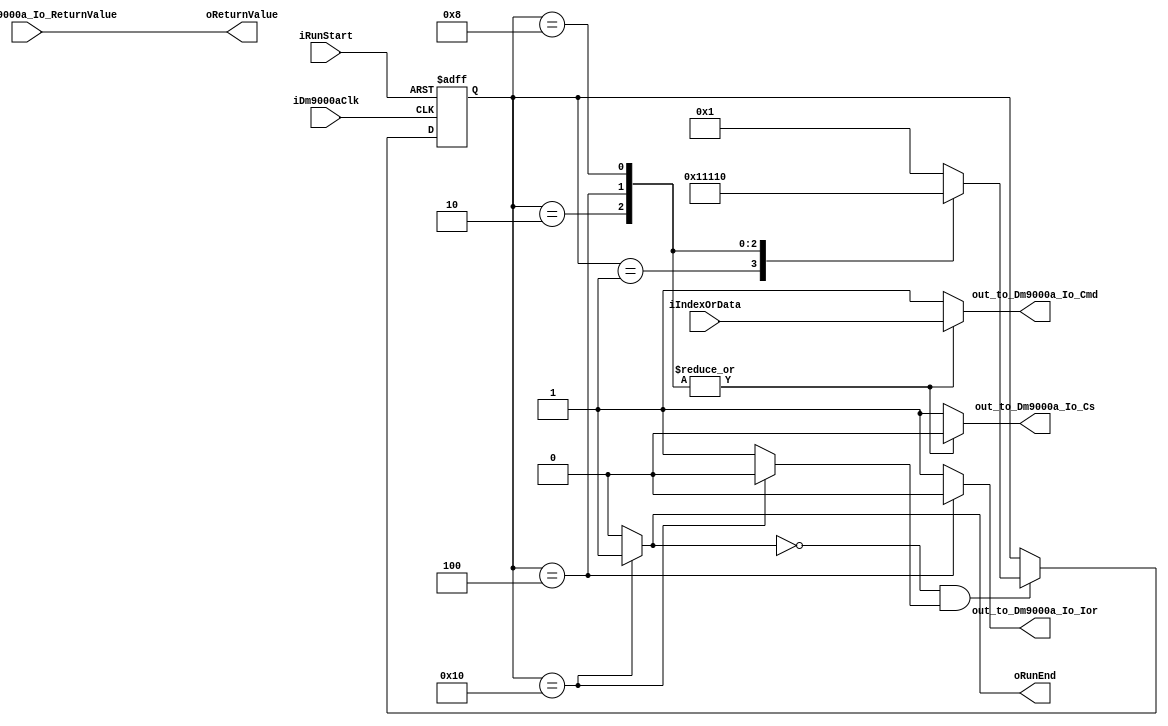
/*ISA<>*/
//Designed by Junbin Zhang
//updated 20140723
//updated 20140811
/*************************************************/
module DM9000A_IORD 
(  
  input iDm9000aClk,                           //50MHz
  input iRunStart,
  input iIndexOrData,                          // Index  Data0Index,1Data
  input [15:0]  in_from_Dm9000a_Io_ReturnValue,//DM9000A,DM9000ASD[15:0]
  output reg oRunEnd,
  output reg out_to_Dm9000a_Io_Cs,             //DM9000A_IOCS
  output reg out_to_Dm9000a_Io_Cmd,            //DM9000A_IOCmd
  output reg out_to_Dm9000a_Io_Ior,            //DM9000A_IOIor
  output [15:0] oReturnValue                   //
);
/*---------------------------------------------------------------------------*/
reg [4:0] currentState,nextState;
reg StateChangeEnable;
wire StateChange;
assign StateChange = (~oRunEnd) & (StateChangeEnable);
localparam[4:0] Idle    = 5'b00001,
                State1 = 5'b00010,
       					State2 = 5'b00100,
					      State3 = 5'b01000,
					        Rend = 5'b10000;
always@(posedge iDm9000aClk,negedge iRunStart)begin
	if(~iRunStart)
		currentState <= Idle;
	else
    currentState <= StateChange ? nextState:currentState;
  end
  always@(*)begin
	case(currentState)
		Idle:begin
      out_to_Dm9000a_Io_Cs = 1'b1;
      out_to_Dm9000a_Io_Cmd = 1'b1;
      out_to_Dm9000a_Io_Ior = 1'b1;
      oRunEnd = 1'b0;
      StateChangeEnable = 1'b1;
      nextState = State1;
    end
		State1:begin
      out_to_Dm9000a_Io_Cs = 1'b0;
      out_to_Dm9000a_Io_Cmd = iIndexOrData;
      out_to_Dm9000a_Io_Ior = 1'b1;
      oRunEnd = 1'b0;
      StateChangeEnable = 1'b1;
      nextState = State2;
    end
		State2:begin
      out_to_Dm9000a_Io_Cs = 1'b0;
      out_to_Dm9000a_Io_Cmd = iIndexOrData;
      out_to_Dm9000a_Io_Ior = 1'b0;
      oRunEnd = 1'b0;
      StateChangeEnable = 1'b1;
      nextState = State3;
    end
		State3:begin
      out_to_Dm9000a_Io_Cs = 1'b0;
      out_to_Dm9000a_Io_Cmd = iIndexOrData;
      out_to_Dm9000a_Io_Ior = 1'b1;
      oRunEnd = 1'b0;
      StateChangeEnable = 1'b1;
      nextState = Rend;
    end
		Rend:begin
      out_to_Dm9000a_Io_Cs = 1'b1;
      out_to_Dm9000a_Io_Cmd = 1'b1;
      out_to_Dm9000a_Io_Ior = 1'b1;
      oRunEnd = 1'b1;
      StateChangeEnable = 1'b0;
      nextState = Idle; //modified 20140723
    end
	     default:begin
         out_to_Dm9000a_Io_Cs = 1'b1;
         out_to_Dm9000a_Io_Cmd = 1'b1;
         out_to_Dm9000a_Io_Ior = 1'b1;
         oRunEnd = 1'b0;
         StateChangeEnable = 1'b1;
         nextState = Idle;
       end
	endcase
end
assign oReturnValue = in_from_Dm9000a_Io_ReturnValue;
endmodule